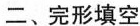
二、完形填空